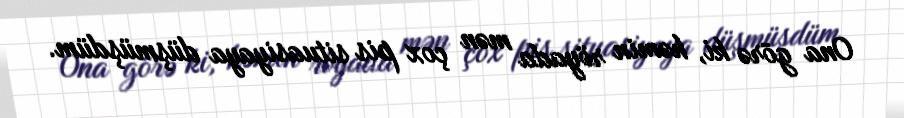
Ona görə ki, həmin röyada mən çox pis situasiyaya düşmüşdüm.